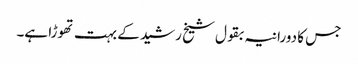
جس کا دورانیہ بقول شیخ رشید کے بہت تھوڑا ہے۔